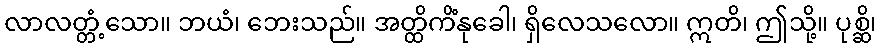
လာလတ္တံ့သော။ ဘယံ၊ ဘေးသည်။ အတ္ထိကိံနုခေါ၊ ရှိလေသလော။ ဣတိ၊ ဤသို့။ ပုစ္ဆိ၊